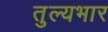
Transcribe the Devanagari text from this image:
तुल्‍यभार